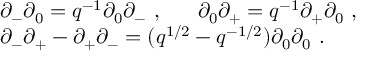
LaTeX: \begin{array} { l } { { \partial _ { - } \partial _ { 0 } = q ^ { - 1 } \partial _ { 0 } \partial _ { - } ~ , ~ ~ ~ ~ ~ \partial _ { 0 } \partial _ { + } = q ^ { - 1 } \partial _ { + } \partial _ { 0 } ~ , } } \\ { { \partial _ { - } \partial _ { + } - \partial _ { + } \partial _ { - } = ( q ^ { 1 / 2 } - q ^ { - 1 / 2 } ) \partial _ { 0 } \partial _ { 0 } ~ . } } \end{array}